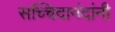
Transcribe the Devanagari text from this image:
सच्चिदानंदांनी